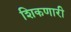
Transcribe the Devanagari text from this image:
शिकणारी